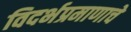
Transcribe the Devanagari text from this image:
विदर्भप्रमाणाचे